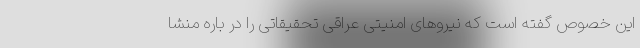
این خصوص گفته است که نیروهای امنیتی عراقی تحقیقاتی را در باره منشا